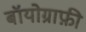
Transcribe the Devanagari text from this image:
बॉयोग्राफ़ी